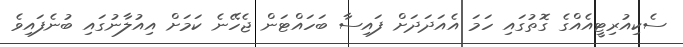
ސެކިއުރިޓީއެއްގެ ގޮތުގައި ހަމަ އެއަދަދަށް ފައިސާ ބަހައްޓަން ޖެހޭނެ ކަމަށް އިއުލާނުގައި ބުނެފައިވެ